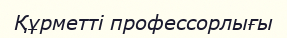
Құрметті профессорлығы